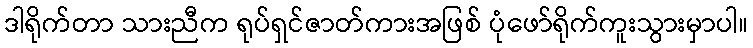
ဒါရိုက်တာ သားညီက ရုပ်ရှင်ဇာတ်ကားအဖြစ် ပုံဖော်ရိုက်ကူးသွားမှာပါ။